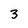
Character: 3